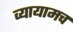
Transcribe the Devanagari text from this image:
व्यायामच